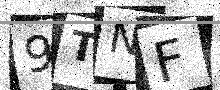
Text: 9TNF